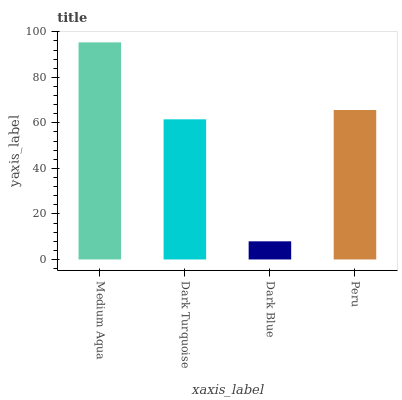
| xaxis_label | bars |
 | --- | --- |
 | Medium Aqua | 95.4 |
 | Dark Turquoise | 61.6 |
 | Dark Blue | 7.97 |
 | Peru | 65.6 |